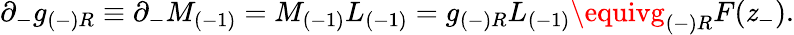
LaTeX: \partial_{-}g_{(-)R}\equiv\partial_{-}M_{(-1)}=M_{(-1)}L_{(-1)}=g_{(-)R}L_{(-1)}\equivg_{(-)R}{F}(\mathit{z}_{-}).